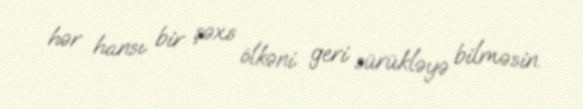
hər hansı bir şəxs ölkəni geri sürükləyə bilməsin.